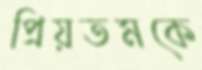
প্রিয়তমকে